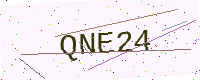
Text: QNE24